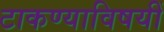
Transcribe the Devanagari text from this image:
टाकण्याविषयीं